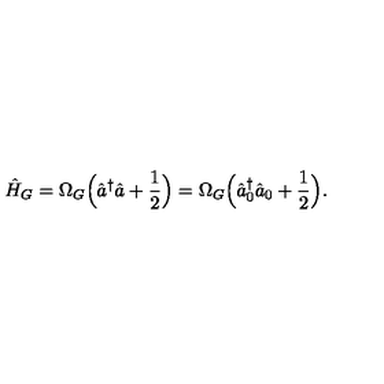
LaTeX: \hat { H } _ { G } = \Omega _ { G } \Bigl ( \hat { a } ^ { \dagger } \hat { a } + \frac { 1 } { 2 } \Bigr ) = \Omega _ { G } \Bigl ( \hat { a } _ { 0 } ^ { \dagger } \hat { a } _ { 0 } + \frac { 1 } { 2 } \Bigr ) .